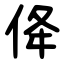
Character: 佭